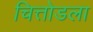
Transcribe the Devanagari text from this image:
चित्तोडला